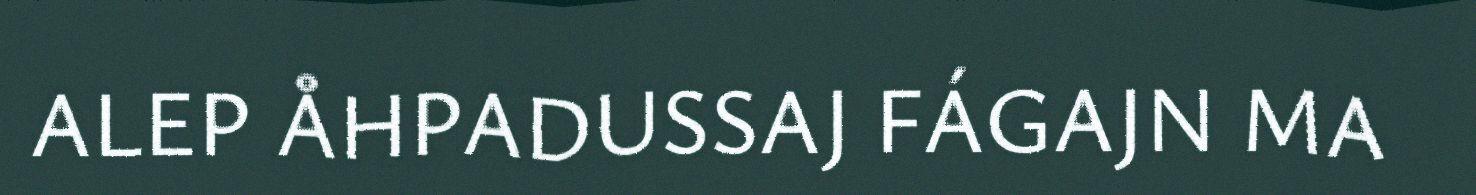
ALEP ÅHPADUSSAJ FÁGAJN MA